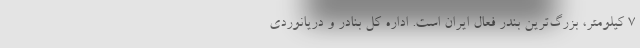
7 کیلومتر، بزرگ‌ترین بندر فعال ایران است. اداره کل بنادر و دریانوردی